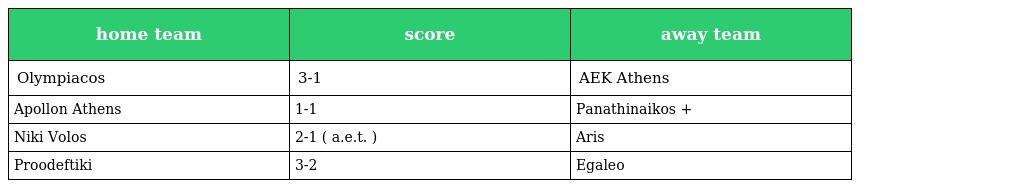
| home team | score | away team |
 | --- | --- | --- |
 | Olympiacos | 3-1 | AEK Athens |
 | Apollon Athens | 1-1 | Panathinaikos + |
 | Niki Volos | 2-1 ( a.e.t. ) | Aris |
 | Proodeftiki | 3-2 | Egaleo |